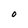
Character: 0